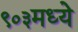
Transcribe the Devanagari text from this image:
९०३मध्ये